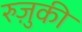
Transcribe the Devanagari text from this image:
रुज़ुकी